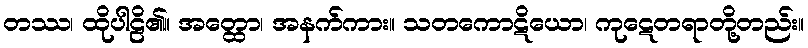
တဿ၊ ထိုပါဠိ၏။ အတ္ထော၊ အနက်ကား။ သတကောဋိယော၊ ကုဋေတရာတို့တည်း။